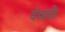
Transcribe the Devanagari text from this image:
देवती